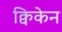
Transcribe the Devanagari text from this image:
क्विकेन